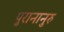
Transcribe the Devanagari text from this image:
पुरानानुरु